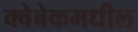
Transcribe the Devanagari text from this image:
क्वेबेकमधील